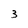
Character: 3